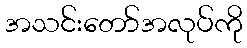
အသင်းတော်အလုပ်ကို